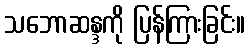
သဘောဆန္ဒကို ပြန်ကြားခြင်း။